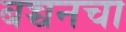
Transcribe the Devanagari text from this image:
बच्चनचा